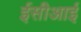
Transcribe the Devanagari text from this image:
ईसीआई